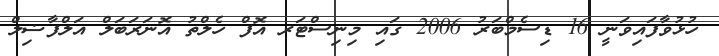
ހުޅުވާފައިވަނީ 16 ޑިސެމްބަރު 2006 ގައި މިނިސްޓަރ އޮފް ހެލްތު އޮނަރަބަލް އަލްފާޟިލް